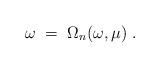
LaTeX: \begin{align*}\omega \;=\; \Omega_n(\omega, \mu)\;. \end{align*}